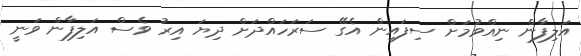
އަލިފާން ނިއްވުމަށް ސިފައިން އެގޭ ސަރަހައްދަށް ދިޔަ އިރު ވެސް އަލިފާން ވަނީ